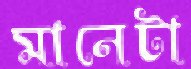
মানেটা